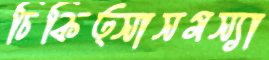
চিকিত্সাসমস্যা